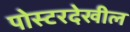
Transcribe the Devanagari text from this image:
पोस्टरदेखील